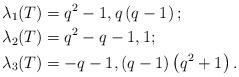
LaTeX: \begin{align*}\lambda_{1}(T) & =q^{2}-1,q\left(q-1\right) ;\\\lambda_{2}(T) & =q^{2}-q-1,1;\\\lambda_{3}(T) & =-q-1,\left( q-1\right)\left( q^{2}+1\right) .\end{align*}